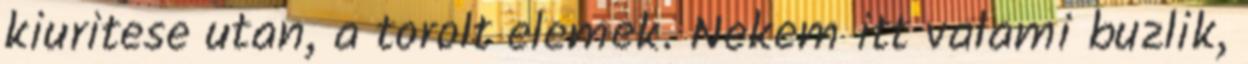
kiuritese utan, a torolt elemek. Nekem itt valami buzlik,